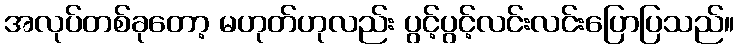
အလုပ်တစ်ခုတော့ မဟုတ်ဟုလည်း ပွင့်ပွင့်လင်းလင်းပြောပြသည်။